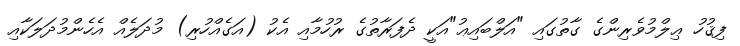
ފިޤުހު ޢިލްމުވެރިންގެ ގާތުގައި "އަލްބައިޢު"އަކީ ދެފަރާތުގެ ރުހުމާއި އެކު (އަގެއްހުރި) މުދަލެއް އެހެންމުދަލަކާއި